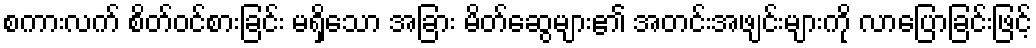
စကားလက် စိတ်ဝင်စားခြင်း မရှိသော အခြား မိတ်ဆွေများ၏ အတင်းအဖျင်းများကို လာပြောခြင်းဖြင့်